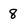
Character: 8